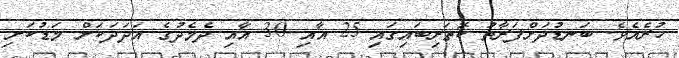
ހުރެއެވެ. ބަނޑުދަށްފަރާތު ކޮތަރިބައިގައި 25 އާއި 30 އާއި ދެމެދުގެ އަދަދަކަށް މަޑުކަށި